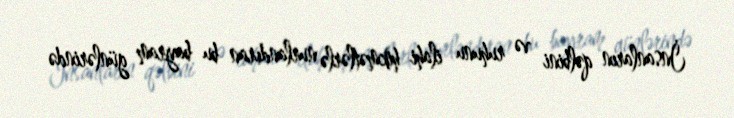
İnsanların qəlbini və ruhunu ilahi hikmətlərlə nurlandıran bu bayram günlərində